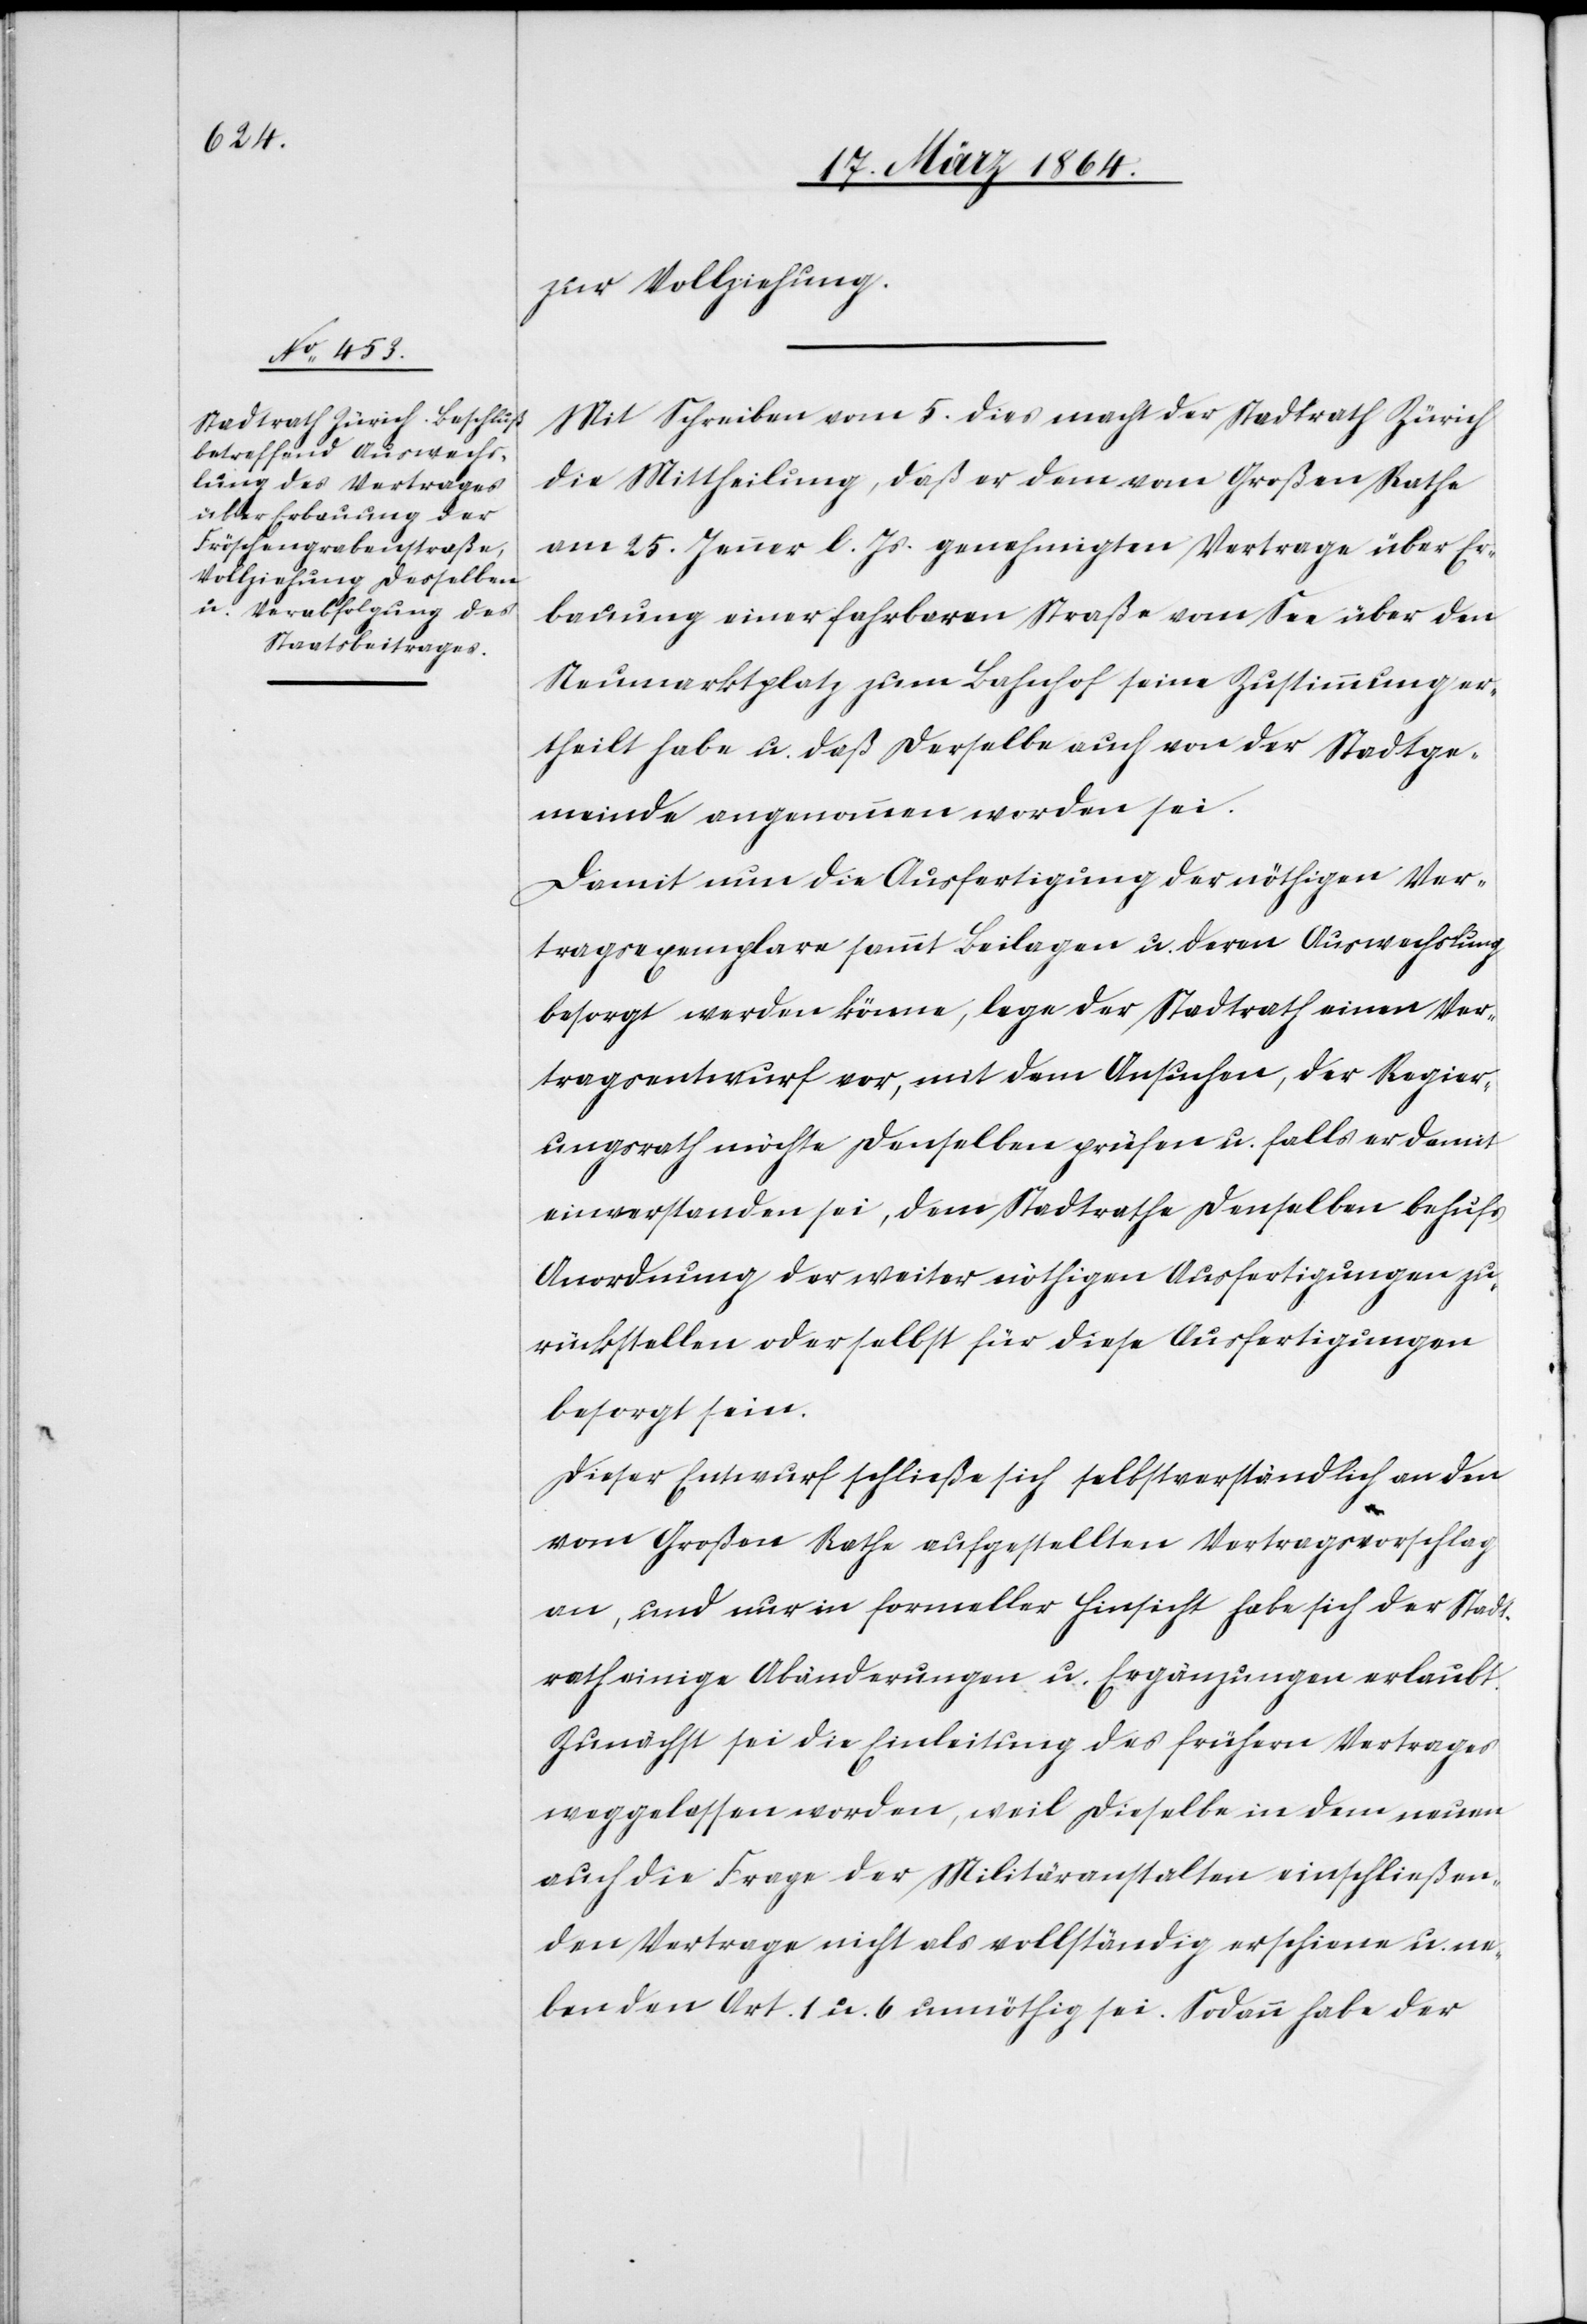
zur Vollziehung.
Mit Schreiben vom 5. dies macht der Stadtrath Zürich
die Mittheilung, daß er dem vom Großen Rathe
am 25. Jenner l. Js. genehmigten Vertrage über Er¬
bauung einer fahrbaren Straße vom See über den
Neumarktplatz zum Bahnhof seine Zustimmung er¬
theilt habe u. daß derselbe auch von der Stadtge¬
meinde angenommen worden sei.
Damit nun die Ausfertigung der nöthigen Ver¬
tragsexemplare sammt Beilagen u. deren Auswechslung
besorgt werden könne, lege der Stadtrath einen Ver¬
tragsentwurf vor, mit dem Ansuchen, der Regier¬
ungsrath möchte denselben prüfen u. falls er damit
einverstanden sei, dem Stadtrathe denselben behufs
Anordnung der weiter nöthigen Ausfertigung zu¬
rückstellen oder selbst für diese Ausfertigungen
besorgt sein.
Dieser Entwurf schließe sich selbstverständlich an den
vom Großen Rathe aufgestellten Vertragsvorschlag
an, und nur in formeller Hinsicht habe sich der Stadt¬
rath einige Abänderungen u. Ergänzungen erlaubt.
Zunächst sei die Einleitung des frühern Vertrages
weggelassen worden, weil dieselbe in dem neuen
auch die Frage der Militäranstalten einschließen¬
den Vertrage nicht als vollständig erschiene u. ne¬
ben den Art. 1 u. 6 unnöthig sei. Sodann habe der